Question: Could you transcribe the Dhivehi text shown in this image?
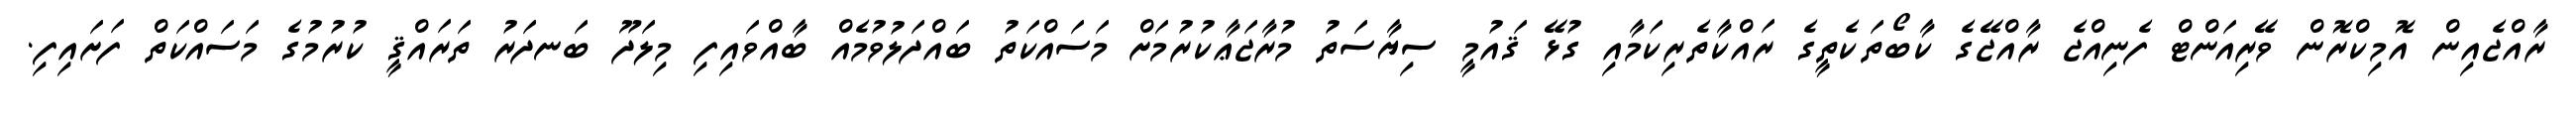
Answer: ރާއްޖެއިން އޮމިކްރޮން ވޭރިއަންޓް ފެނިއްޖެ ރާއްޖޭގެ ކާބޯތަކެތީގެ ރައްކާތެރިކަމާއި ގުޅޭ ޤައުމީ ސިޔާސަތު މުރާޖަޢާކުރުމަށް މަސައްކަތު ބައްދަލުވުމެއް ބާއްވައިފި މިލަދޫ ބަނދަރު ތަރައްޤީ ކުރުމުގެ މަސައްކަތް ފަށައިފި.